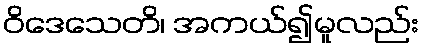
ဝိဒေသေတိ၊ အကယ်၍မူလည်း